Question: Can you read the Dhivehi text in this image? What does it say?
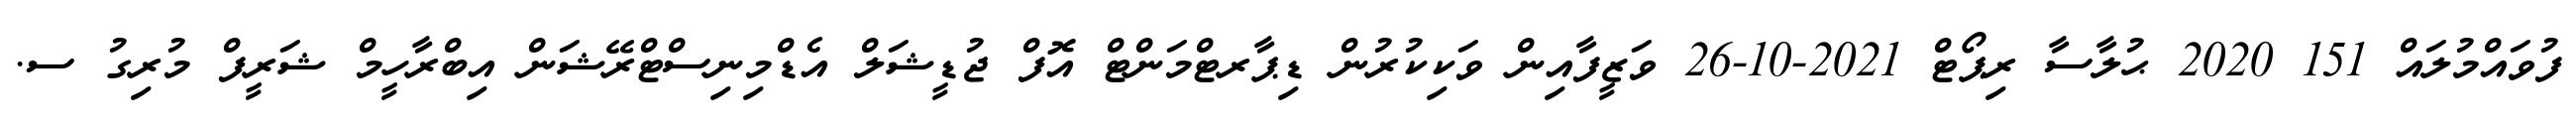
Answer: ފުވައްމުލައް 151 2020 ޙުލާސާ ރިޕޯޓް 2021-10-26 ވަޒީފާއިން ވަކިކުރުން ޑިޕާރޓްމަންޓް އޮފް ޖުޑީޝަލް އެޑްމިނިސްޓްރޭޝަން އިބްރާހީމް ޝަރީފް މުރިގު ސ.